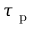
\tau _ { \mathrm { ~ p ~ } }